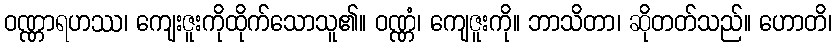
ဝဏ္ဏာရဟဿ၊ ကျေးဇူးကိုထိုက်သောသူ၏။ ဝဏ္ဏံ၊ ကျေဇူးကို။ ဘာသိတာ၊ ဆိုတတ်သည်။ ဟောတိ၊